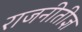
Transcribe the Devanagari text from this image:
राजनीतीज्ञ